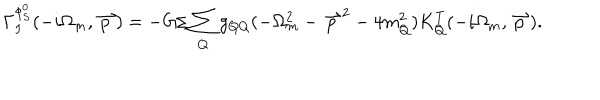
\Gamma _ { I } ^ { \phi _ { S } ^ { 0 } } ( - i \Omega _ { m } , \stackrel { \rightharpoonup } { p } ) = - G / \sum _ { Q } g _ { Q Q } ( - \Omega _ { m } ^ { 2 } - { \stackrel { \rightharpoonup } { p } } ^ { 2 } - 4 m _ { Q } ^ { 2 } ) K _ { Q } ^ { T } ( - i \Omega _ { m } , \stackrel { \rightharpoonup } { p } ) .